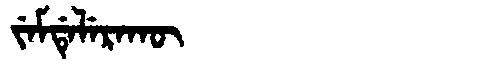
Manchu: ᠵᡝᠮᡩᡝᠯᡝᡵᠠᡴᡡ
Romanization: JEMDELERAKŪ